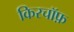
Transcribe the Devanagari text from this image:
किरचॉफ़